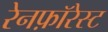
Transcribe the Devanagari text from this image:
रेनफ़ॉरेस्ट